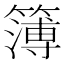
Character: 簿